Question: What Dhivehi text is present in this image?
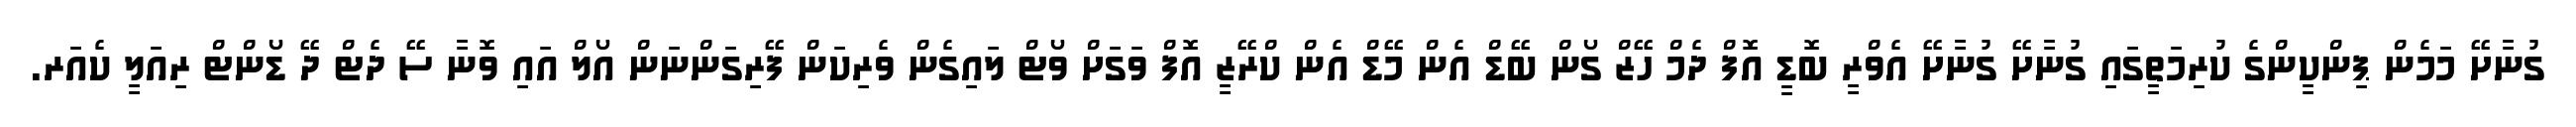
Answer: ގުނާށޭ މަމެން ޕިންކީންގެ ކުރިމަތީގައި ގުނާށޭ ގުނާށޭ އެވްރީ ބޮޑީ އޮފް ދެމް ހޭޒް ގޯން ބޭޑް އެން މޭޑް އެން ކްރޭޒީ އޮފް ވަގަށް ވޯޓް ލައިގެން ވެރިކަން ފޭރިގަންނަން އޯލް އައި ވޮނާ ސޭ ދެޓް ދޭ ޑޯންޓް ރިއަލީ ކެއަރ.